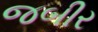
જબીર